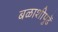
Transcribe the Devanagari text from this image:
बळाशीपुढें